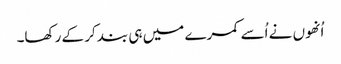
اُنھوں نے اُسے کمرے میں ہی بند کر کے رکھا۔